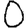
Digit: 0